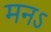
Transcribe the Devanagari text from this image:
मनऽ